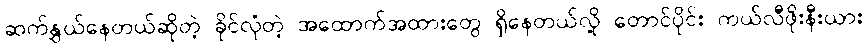
ဆက်နွှယ်နေတယ်ဆိုတဲ့ ခိုင်လုံတဲ့ အထောက်အထားတွေ ရှိနေတယ်လို့ တောင်ပိုင်း ကယ်လီဖိုးနီးယား